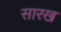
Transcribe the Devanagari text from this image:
सारख